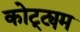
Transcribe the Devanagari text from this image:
कोट्ट्यम